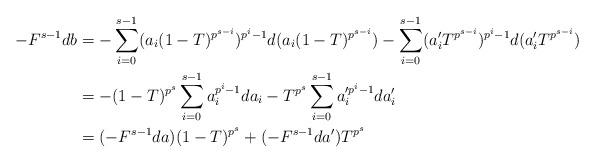
LaTeX: \begin{align*}-F^{s-1}db&=-\sum_{i=0}^{s-1}(a_{i}(1-T)^{p^{s-i}})^{p^{i}-1}d(a_{i}(1-T)^{p^{s-i}})-\sum_{i=0}^{s-1}(a_{i}'T^{p^{s-i}})^{p^{i}-1}d(a_{i}'T^{p^{s-i}}) \\ &=-(1-T)^{p^{s}}\sum_{i=0}^{s-1}a_{i}^{p^{i}-1}da_{i}-T^{p^{s}}\sum_{i=0}^{s-1}a_{i}'^{p^{i}-1}da_{i}' \\&=(-F^{s-1}da)(1-T)^{p^{s}}+(-F^{s-1}da')T^{p^{s}} \end{align*}